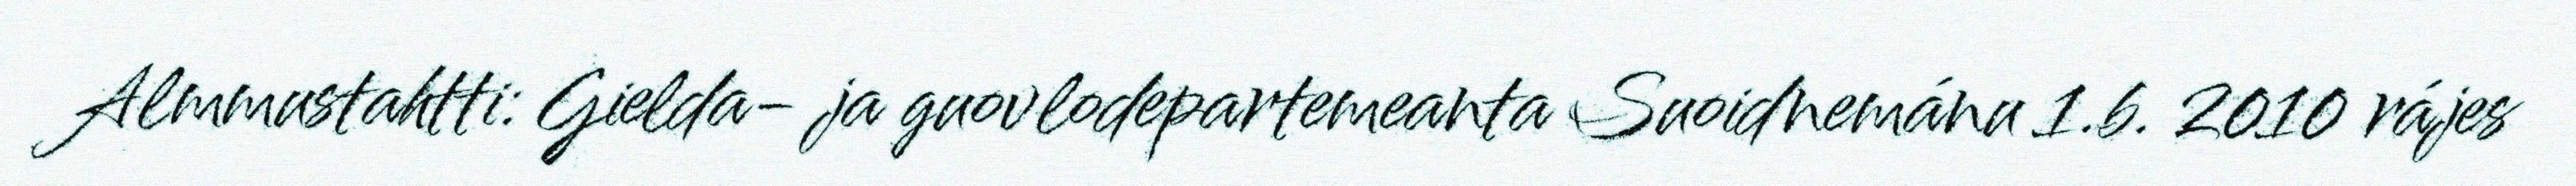
Almmustahtti: Gielda- ja guovlodepartemeanta Suoidnemánu 1.b. 2010 rájes